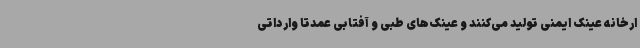
ارخانه عینک ایمنی تولید می‌کنند و عینک‌های طبی و آفتابی عمدتا وارداتی